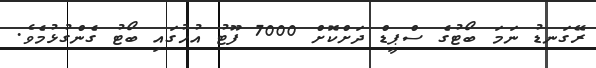
ރޭގަނޑު ނަމަ ބޯޓުގެ ސްޕީޑް ދަށްކޮށް 7000 ފޫޓު އުހުގައި ބޯޓު ގެންގުޅުމެވެ.